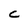
Character: c